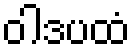
ဝါဒပထံ